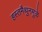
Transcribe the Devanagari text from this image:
हस्तमैथुनमुळे